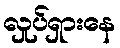
လှုပ်ရှားနေ